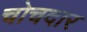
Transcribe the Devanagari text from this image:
चोचदार